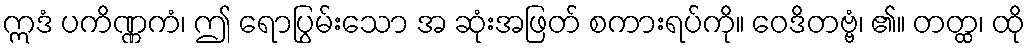
ဣဒံ ပကိဏ္ဏကံ၊ ဤ ရောပြွမ်းသော အ ဆုံးအဖြတ် စကားရပ်ကို။ ဝေဒိတဗ္ဗံ၊ ၏။ တတ္ထ၊ ထို